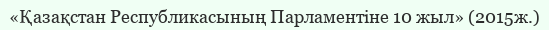
«Қазақстан Республикасының Парламентіне 10 жыл» (2015ж.)